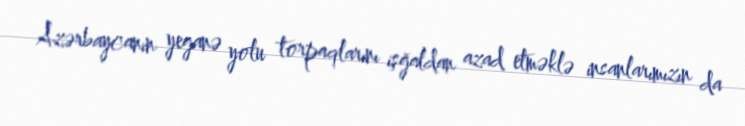
Azərbaycanın yeganə yolu torpaqlarını işğaldan azad etməklə insanlarımızın da